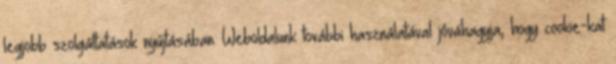
legjobb szolgáltatások nyújtásában. Weboldalunk további használatával jóváhagyja, hogy cookie-kat